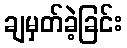
ချမှတ်ခဲ့ခြင်း